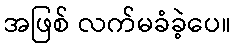
အဖြစ် လက်မခံခဲ့ပေ။